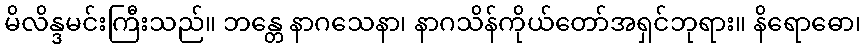
မိလိန္ဒမင်းကြီးသည်။ ဘန္တေ နာဂသေနာ၊ နာဂသိန်ကိုယ်တော်အရှင်ဘုရား။ နိရောဓော၊